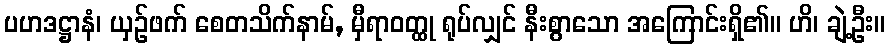
ပဟဒဋ္ဌာနံ၊ ယှဉ်ဖက် စေတသိက်နာမ်, မှီရာဝတ္ထု ရုပ်လျှင် နီးစွာသော အကြောင်းရှိ၏။ ဟိ၊ ချဲ့ဦး။